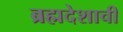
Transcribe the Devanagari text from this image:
ब्रह्मदेशाची